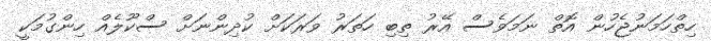
ހިތްހަމަނުޖެހުން އޮތް ނަމަވެސް އޭރު ތިބި ހަތަރު ވަރަކަށް ކުދިންނަށް ސްކޫލެއް ހިންގުމަކީ